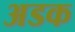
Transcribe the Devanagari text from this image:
अडक